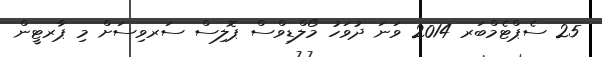
25 ސެޕްޓެމްބަރ 2014 ވަނަ ދުވަހު މޯލްޑިވްސް ޕޮލިސް ސަރވިސަށް މި ޕާރޓީން